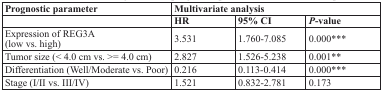
<table><thead><tr><td><b>Prognostic parameter</b></td><td colspan="3"><b>Multivariate analysis</b></td></tr><tr><td></td><td><b>HR</b></td><td><b>95% CI</b></td><td><b><i>P</i>-value</b></td></tr></thead><tbody><tr><td>Expression of REG3A (low vs. high)</td><td>3.531</td><td>1.760-7.085</td><td>0.000***</td></tr><tr><td>Tumor size (&lt; 4.0 cm vs. &gt;= 4.0 cm)</td><td>2.827</td><td>1.526-5.238</td><td>0.001**</td></tr><tr><td>Differentiation (Well/Moderate vs. Poor)</td><td>0.216</td><td>0.113-0.414</td><td>0.000***</td></tr><tr><td>Stage (I/II vs. III/IV)</td><td>1.521</td><td>0.832-2.781</td><td>0.173</td></tr></tbody></table>